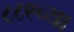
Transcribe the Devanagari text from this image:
८८९च्या